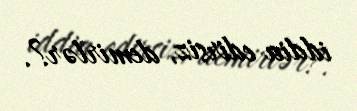
iddia edirsiz, demirlər?.